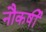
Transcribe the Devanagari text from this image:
नौकर्षी